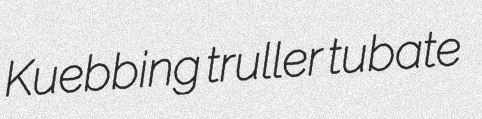
Kuebbing truller tubate